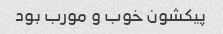
پیکشون خوب و مورب بود